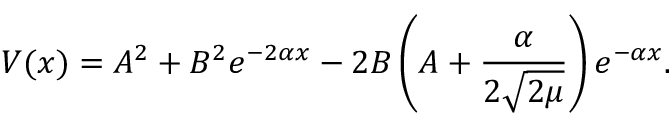
V ( x ) = A ^ { 2 } + B ^ { 2 } e ^ { - 2 \alpha x } - 2 B \left( A + \frac { \alpha } { 2 \sqrt { 2 \mu } } \right) e ^ { - \alpha x } .